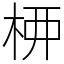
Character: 𫞉